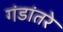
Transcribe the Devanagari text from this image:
गंडांतरे